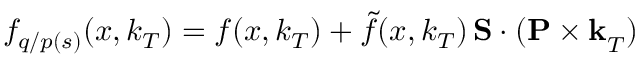
f _ { q / p ( s ) } ( x , k _ { T } ) = f ( x , k _ { T } ) + \tilde { f } ( x , k _ { T } ) { \bf \, S \cdot ( P \times k } _ { T } )